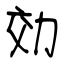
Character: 効